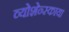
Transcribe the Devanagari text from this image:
व्योशेन्स्काया